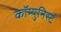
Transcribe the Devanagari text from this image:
कॉम्युनिस्ट